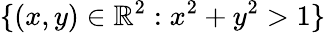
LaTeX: \{ (x,y)\in\mathbb{R}^{2}:x^{2}+y^{2}>1\}